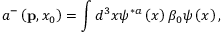
a ^ { - } \left( { \bf p } , x _ { 0 } \right) = \int d ^ { 3 } x \psi ^ { \ast a } \left( x \right) \beta _ { 0 } \psi \left( x \right) ,